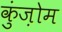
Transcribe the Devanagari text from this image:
कुंज़ोम